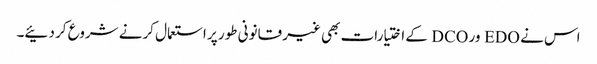
اس نے EDO ور DCO کے اختیارات بھی غیر قانونی طور پر استعمال کرنے شروع کر دئیے۔